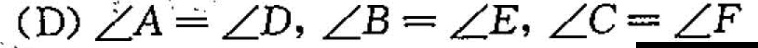
(D) $$∠ A = ∠ D$$，$$∠ B = ∠ E$$，$$∠ C = ∠ F A$$